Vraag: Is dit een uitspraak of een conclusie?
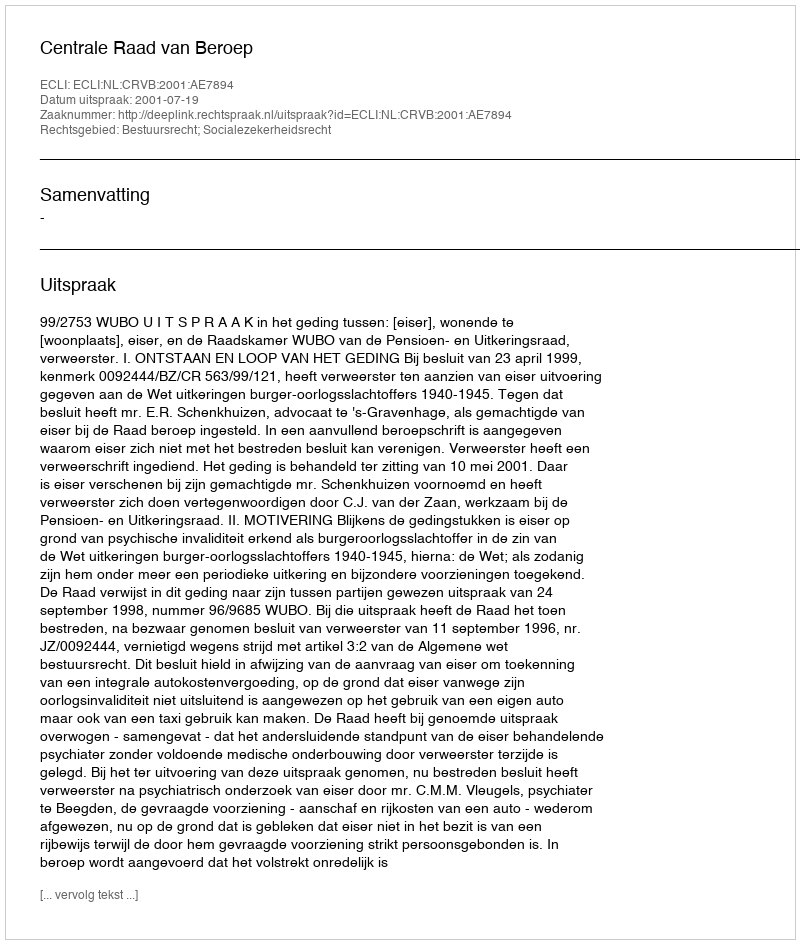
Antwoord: Uitspraak